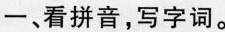
一、看拼音，写字词。